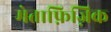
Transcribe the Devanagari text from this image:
मेताफ़िज़िक